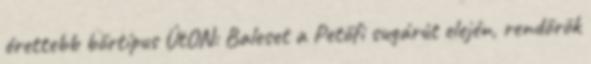
érettebb bőrtípus ÚtON: Baleset a Petőfi sugárút elején, rendőrök